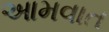
આમવાત